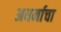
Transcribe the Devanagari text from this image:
अधर्माचा